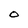
Character: o